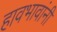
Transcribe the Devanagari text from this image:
हावभावांनीं